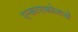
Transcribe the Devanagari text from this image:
एन्काराकोलाडो